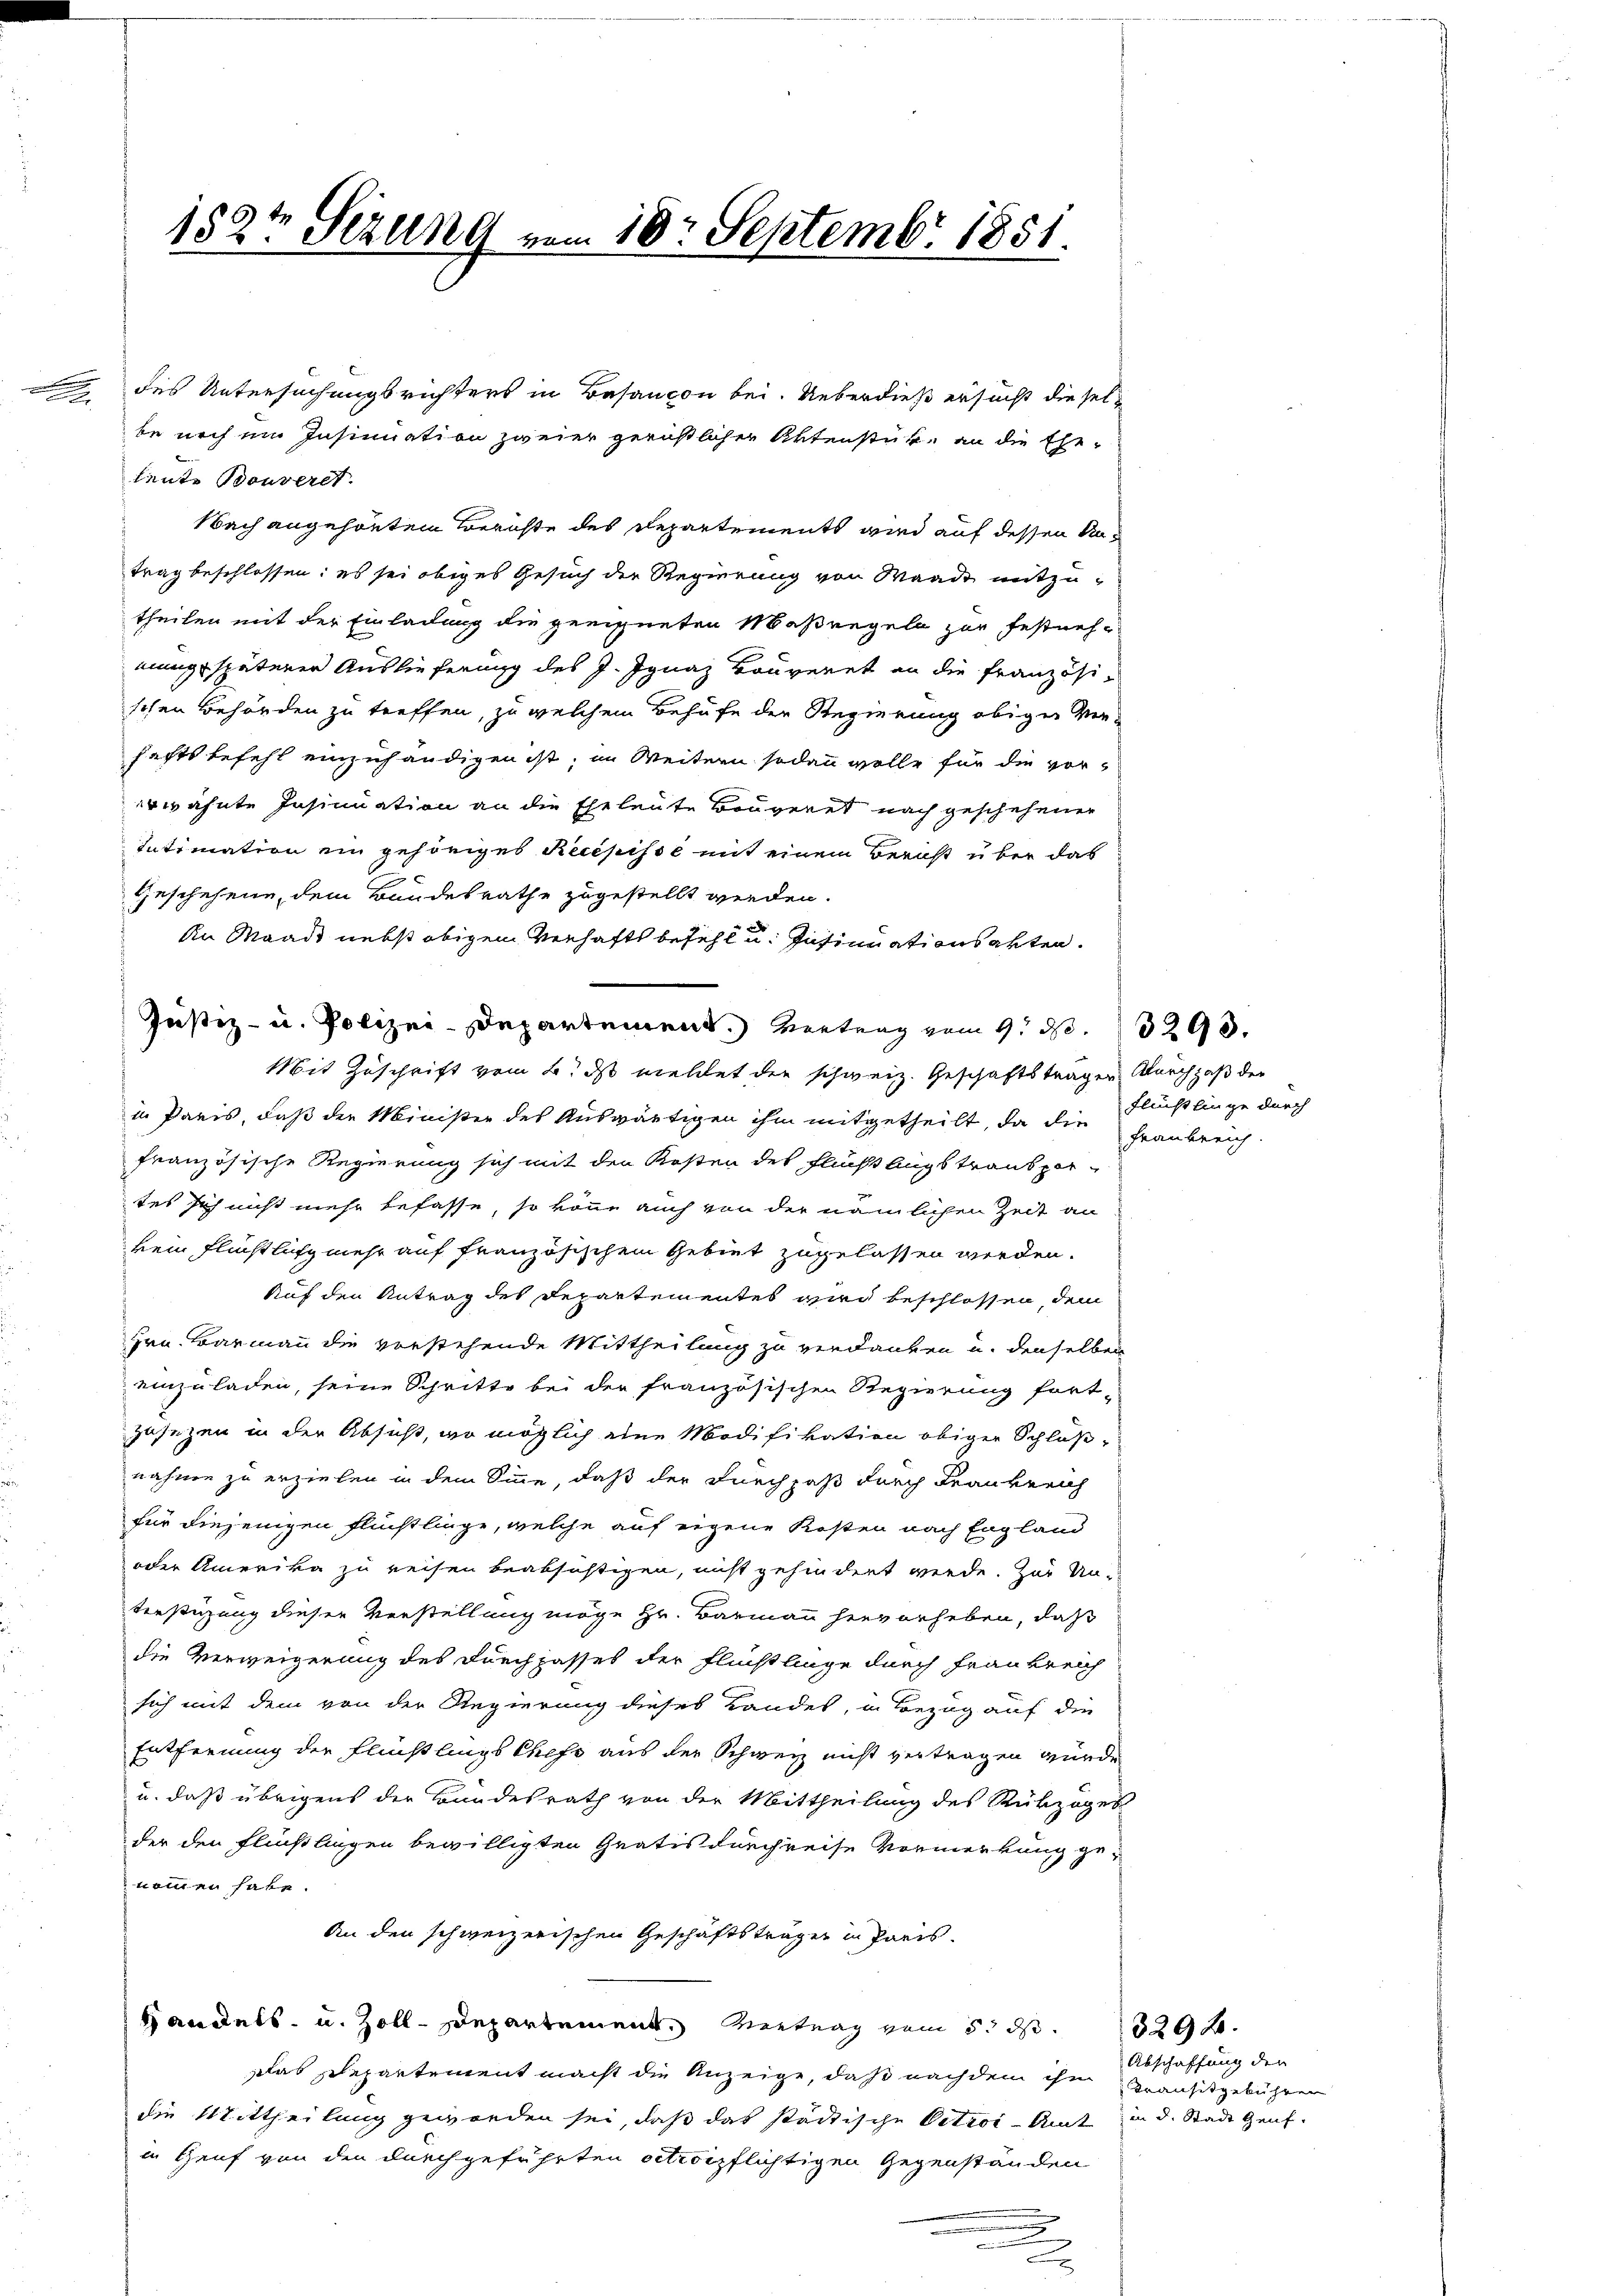
w

182t Sezung vom 18. Septembr 1851.

des Untersuchungsrichters in Basancon bei. Ueberdieß ersucht dieselbe noch ein Insinuation zweier gerichtlicher Aktenstük, an die Ehe-
leute Bouveret.
Nach angehönten Berichte des Departements wird auf dessen Untrag beschlossen; es sei obiges Gesuch der Regierung von Waadt mitzutheilen mit der Einladung die geeigneten Maßregeln zur Festneheung späterer Auslieferung des J. Ignaz Bauveret an die Französischen Behörden zu treffen, zu welchem Behufe der Regierung obiger Ver-
haftsbefehl einzuhändigen ist; im Weitern sodann wolle für die vorerwähnte Insinuation an die Eheleute Baugeret nach geschehener
Intimation ein gehöriges Recepisse mit einem Bericht über das
geschehene, dem Bundesrathe zugestellt werden.
An Waadt nebst obigem Verhaft befehl u. Insinuationsakten.
Justiz- u. Polizei-Departement. Vertrag vom 9. d. 329.
Mit Zuschrift vom 6. ds meldet die schweiz. Geschäftstragen durchpaß der
in Paris, daß der Minister des Auswärtigen ihm mitgetheilt, da die
französische Regierung sich mit den Kosten des Fluchtlings transportes sich nicht mehr befasse, so könne auch von der nämlichen Zeit an
kein Flüchtlich mehr auf französischen Gebiet zugelassen werden.
Auf den Antrag des Departementes wird beschlossen, dem
Hrn. Barmann die vorstehende Mittheilung zu verdanken u. denselben
einzuladen, seine Schritte bei der französischen Regierung fort-
zusetzen in der Absicht, wo möglich eine Modifikation obiger Schluß-
nahme zu erziehen in dem Sinne, daß der Furchpaß durch Frankreich
für diejenigen Flüchtlinge, welche auf eigene Kosten nach England
oder Amerika zu reisen beabsichtigen, nicht gehindert werde. Zur Un-
Verstüzung dieser Verstellung möge Hr. Barmann hervorheben, daß
die Verweigerung des durchgasses der Flüchtlinge durch Frankreich
sich mit dem von der Regierung dieses Landes, in Bezug auf die
Entfernung der Flüchtlings Chefs aus der Schweiz nicht vertragen wurde.
u. daß übrigens der Bundesrath von der Mittheilung des Rückzoges
der den Flüchtlingen bewilligten Gratis durchreise Vormerkung ge-
nommen habe.
An den schweizerischen Geschäftsträger in Paris.
Handels- u. Zoll-Departement. Vertrag vom 5. d. 292.
Das Departement macht die Anzeige, daß nach dem ihm Bransitgebühren
die Mittheilung geworden sei, daß das städtische Oeteor-Amt in d. Stadt Genf.
in Genf von den durchgeführten Citropflichtigen Gegenständen

Flüchtlinge durch
Frankreich.

Abschaffung den